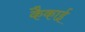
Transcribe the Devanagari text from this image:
कैकाई